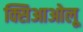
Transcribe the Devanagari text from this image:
क्सिआओलू